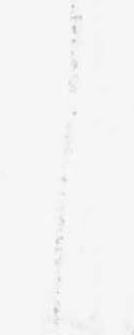
し